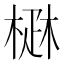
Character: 𤴜